Lunatic asylums Punjab 1911-1921 - 1911-1921
Year: 1911
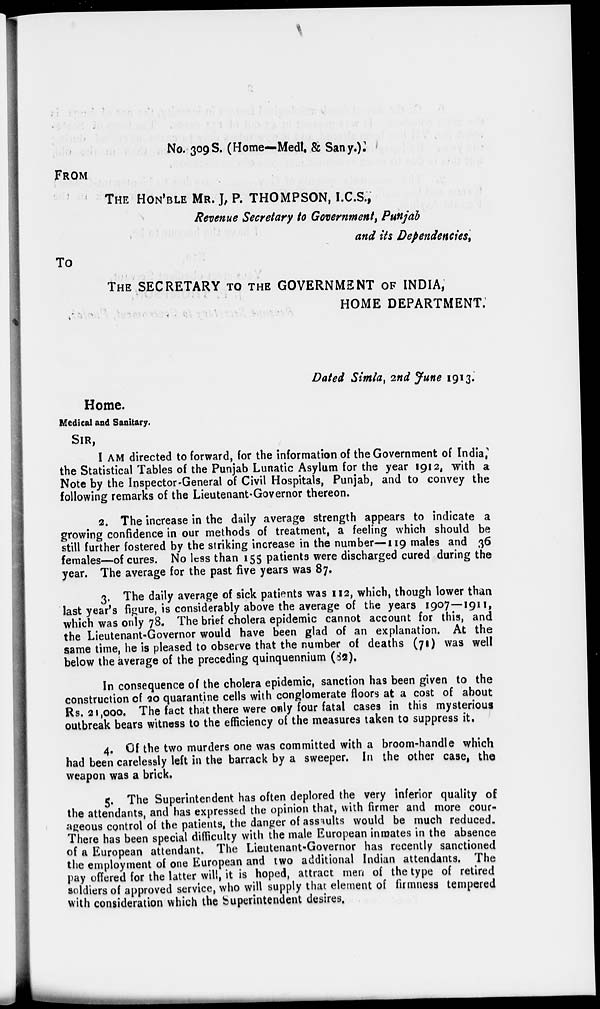
No. 309S. (Home—Medl. & San y.).
FROM
THE HON'BLE MR. J. P. THOMPSON, I.C.S.,
Revenue Secretary to Government, Punjab
and its Dependencies,
To
THE SECRETARY TO THE GOVERNMENT OF INDIA,
HOME DEPARTMENT.
Dated Simla, 2nd June 1913.
Home.
Medical and Sanitary.
SIR,
I AM directed to forward, for the information of the Government of India,
the Statistical Tables of the Punjab Lunatic Asylum for the year 1912, with a
Note by the Inspector-General of Civil Hospitals, Punjab, and to convey the
following remarks of the Lieutenant-Governor thereon.
2. The increase in the daily average strength appears to indicate a
growing confidence in our methods of treatment, a feeling which should be
still further fostered by the striking increase in the number—119 males and 36
females—of cures. No less than 155 patients were discharged cured during the
year. The average for the past five years was 87.
3. The daily average of sick patients was 112, which, though lower than
last year's figure, is considerably above the average of the years 1907—1911,
which was only 78. The brief cholera epidemic cannot account for this, and
the Lieutenant-Governor would have been glad of an explanation. At the
same time, he is pleased to observe that the number of deaths (71) was well
below the average of the preceding quinquennium (82).
In consequence of the cholera epidemic, sanction has been given to the
construction of 20 quarantine cells with conglomerate floors at a cost of about
Rs. 21,000. The fact that there were only four fatal cases in this mysterious
outbreak bears witness to the efficiency of the measures taken to suppress it.
4. Of the two murders one was committed with a broom-handle which
had been carelessly left in the barrack by a sweeper. In the other case, the
weapon was a brick.
5. The Superintendent has often deplored the very inferior quality of
the attendants, and has expressed the opinion that, with firmer and more cour-
ageous control of the patients, the danger of assaults would be much reduced.
There has been special difficulty with the male European inmates in the absence
of a European attendant. The Lieutenant-Governor has recently sanctioned
the employment of one European and two additional Indian attendants. The
pay offered for the latter will, it is hoped, attract men of the type of retired
soldiers of approved service, who will supply that element of firmness tempered
with consideration which the Superintendent desires.